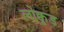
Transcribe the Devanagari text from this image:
लोक्वुड